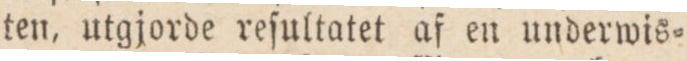
ten, utgjorde reſultatet af en underwis=